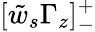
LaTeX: [\tilde{w}_{s}\Gamma_{z}]_{-}^{+}